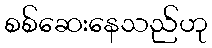
စစ်ဆေးနေသည်ဟု